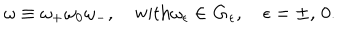
LaTeX: \omega \equiv \omega _ { + } \omega _ { 0 } \omega _ { - } , \quad \mathrm { w i t h } \omega _ { \epsilon } \in { \bf G } _ { \epsilon } , \quad \epsilon = \pm , \, 0 .